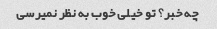
چه خبر؟ تو خیلی خوب به نظر نمیرسی